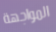
المواجهة